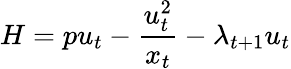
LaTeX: H=pu_{t}-{\frac{u_{t}^{2}}{x_{t}}}-\lambda_{t+1}u_{t}